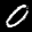
Label: 0